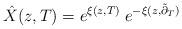
LaTeX: \begin{align*}\hat X(z,T) = e^{\xi(z,T)} \; e^{-\xi(z,\tilde \partial_{T})}\end{align*}